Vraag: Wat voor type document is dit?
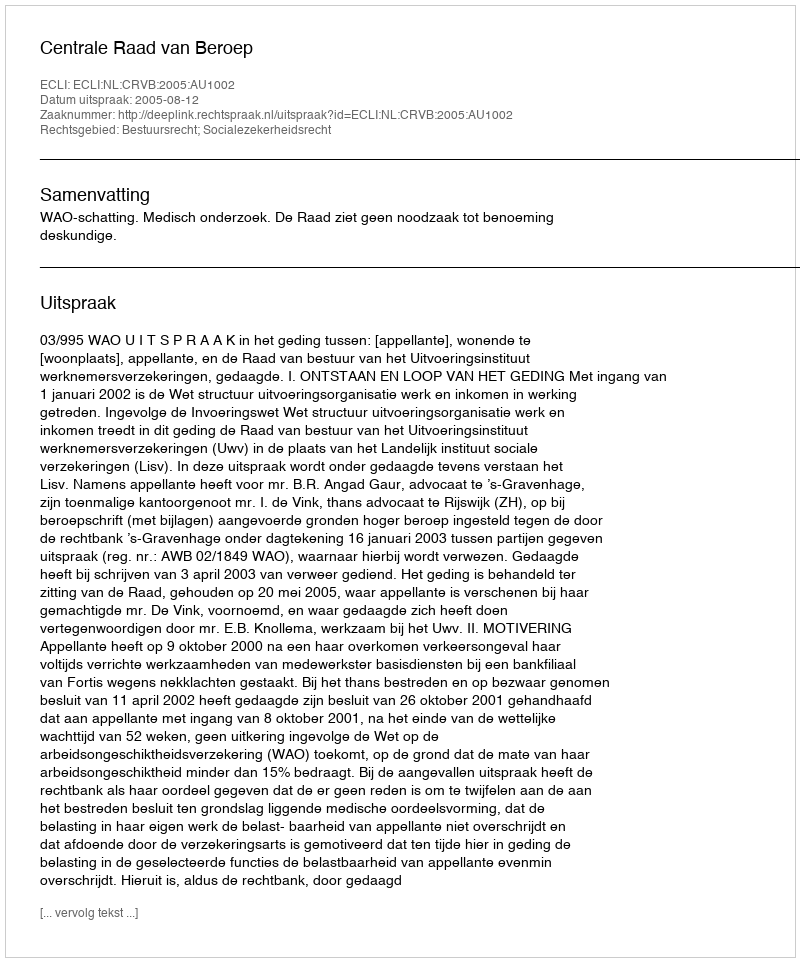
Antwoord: Uitspraak